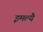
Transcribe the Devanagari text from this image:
इमल्यै